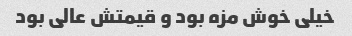
خیلی خوش مزه بود و قیمتش عالی بود